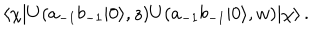
\langle \chi | U ( a _ { - 1 } b _ { - 1 } | 0 \rangle , z ) U ( a _ { - 1 } b _ { - 1 } | 0 \rangle , w ) | \chi \rangle \, .